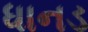
ધાનડ